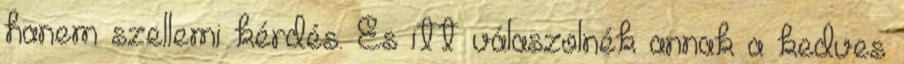
hanem szellemi kérdés. És itt válaszolnék annak a kedves